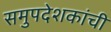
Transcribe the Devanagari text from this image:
समुपदेशकांची